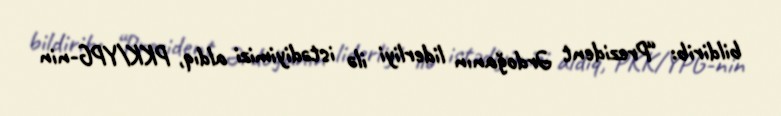
bildirib: “Prezident Ərdoğanın liderliyi ilə istədiyimizi aldıq, PKK/YPG-nin